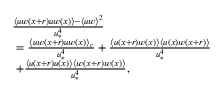
\begin{array} { r l } & { \frac { \langle u w ( x + r ) u w ( x ) \rangle - \langle u w \rangle ^ { 2 } } { u _ { \ast } ^ { 4 } } } \\ & { \ = \frac { \langle u w ( x + r ) u w ( x ) \rangle _ { c } } { u _ { \ast } ^ { 4 } } + \frac { \langle u ( x + r ) w ( x ) \rangle \langle u ( x ) w ( x + r ) \rangle } { u _ { \ast } ^ { 4 } } } \\ & { \ + \frac { \langle u ( x + r ) u ( x ) \rangle \langle w ( x + r ) w ( x ) \rangle } { u _ { \ast } ^ { 4 } } , } \end{array}